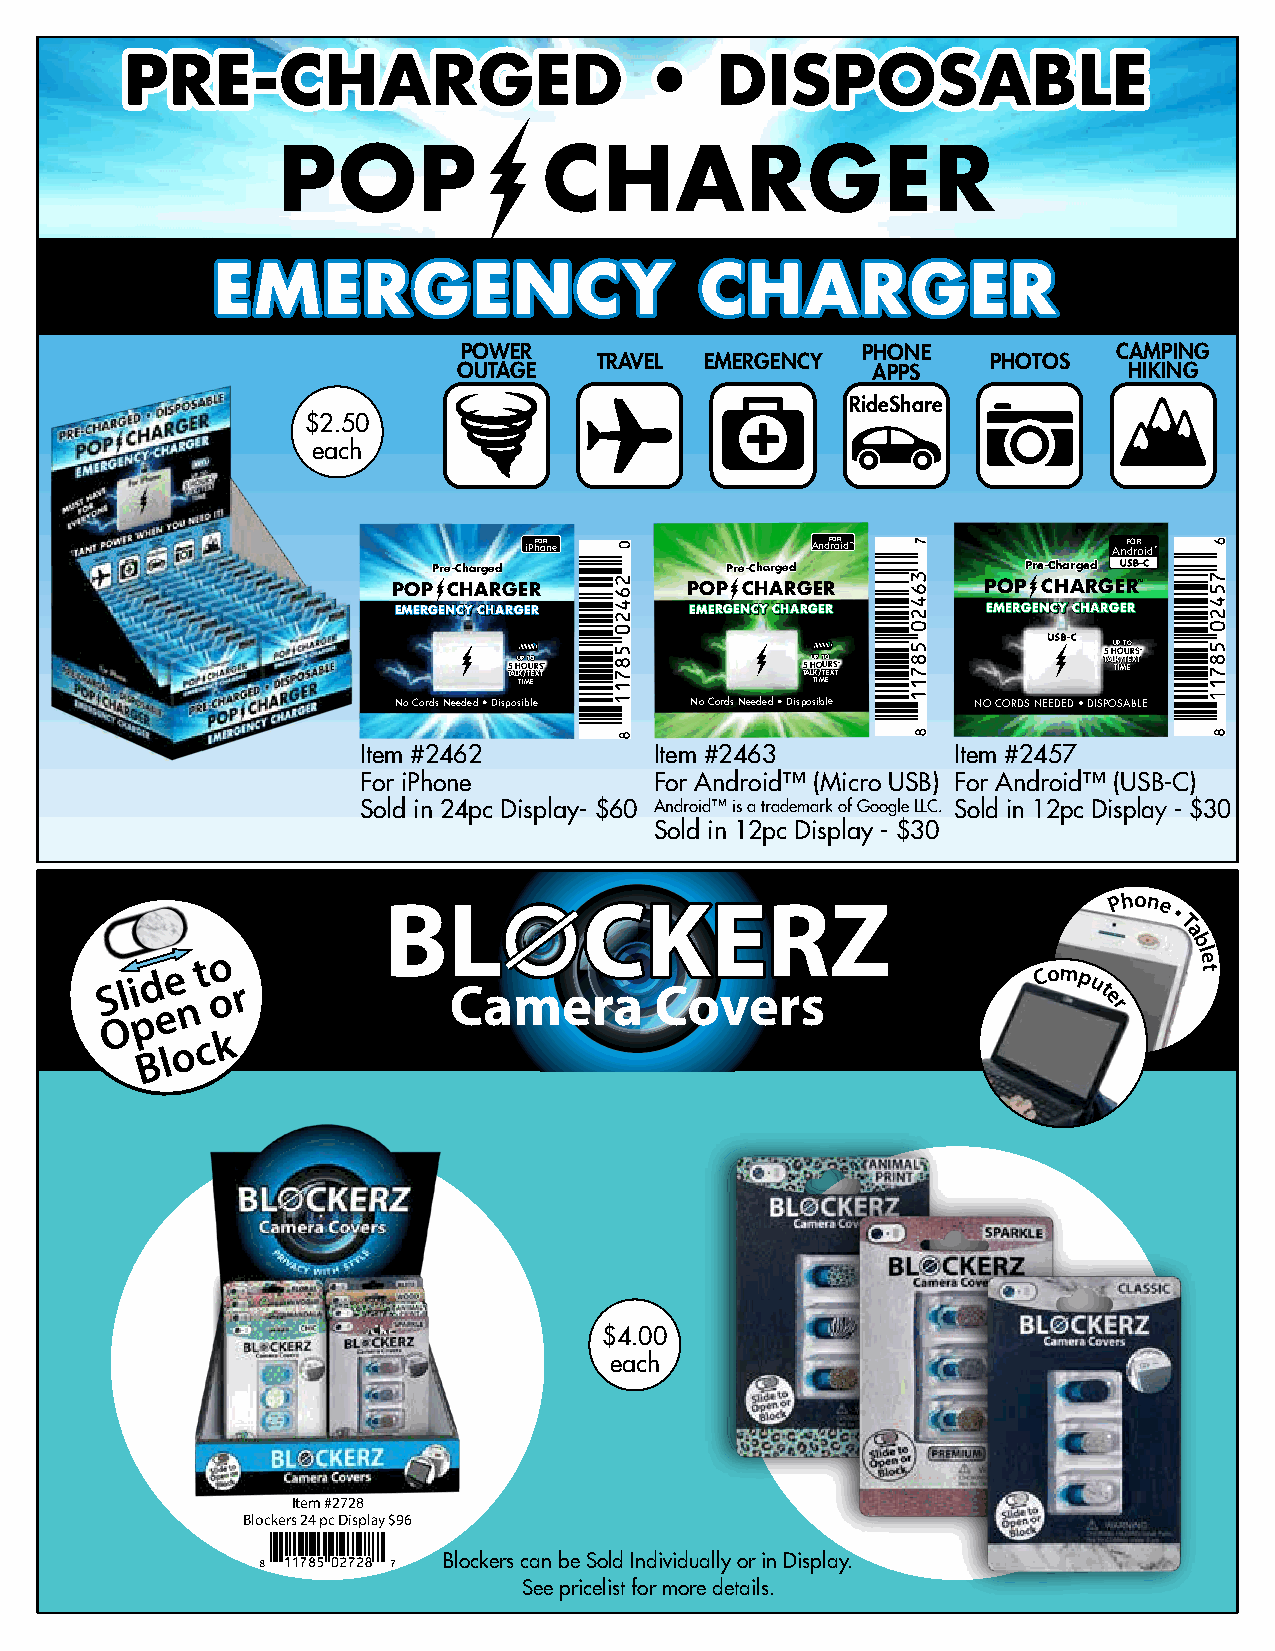
PPRREE--CCHHAARRGGEEDD             ••  DDIISSPPOOSSAABBLLEE
 POP               CHARGER
 EEEMMMEEERRRGGGEEENNNCCCYYY     CCCHHHAAARRRGGGEEERRR
 POWER                     PHONE            CAMPING
 TRAVEL EMERGENCY          PHOTOS
 OUTAGE                      APPS             HIKING
 RideShare
 $2.50
 each
 iPhFOoRne          AndFrOoRid™         AnF dO rR oidTM
 PPrree--CChhaarrggeedd PPrree--CChhaarrggeedd PPrree--CChhaarrggeedd USB-C
 POP CHARGER        POP CHARGER         POP CHARGERTM
 EEEMMMEEERRRGGGEEENNNCCCYYY CCCHHHAAARRRGGGEEERRR EEEMMMEEERRRGGGEEENNNCCCYYY CCCHHHAAARRRGGGEEERRR EEEMMMEEERRRGGGEEENNNCCCYYY CCCHHHAAARRRGGGEEERRR
 USB-C
 UUPP TTOO
 55
 TTAA
 HH LLUU TTKKOOPP
 IIMM//
 TT UU
 TT
 EEOO EERR XXSS TT** 55
 TTAA
 HH LLUU TTKKOOPP
 IIMM//
 TT UU
 TT
 EEOO EERR XXSS TT** 55 TTAA HH LL TTKKOO IIMM//UU TT EEEERR XXSS TT**
 NNoo CCoorrddss NNeeeeddeedd •• DDiissppoossiibbllee NNoo CCoorrddss NNeeeeddeedd •• DDiissppoossiibbllee NNOO CCOORRDDSS NNEEEEDDEEDD •• DDIISSPPOOSSAABBLLEE
 Item #2462         Item #2463          Item #2457
 For iPhone         For Android™ (Micro USB) For Android™ (USB-C)
 Sold in 24pc Display- $60 Android™ is a trademark of Google LLC. Sold in 12pc Display - $30
 Sold in 12pc Display - $30
 BBLL          CCKKEERRZZ
 Phone
 •
 T
 a
 b
 S l i
 pd ee
 n
 t o
 o r             Camera       Covers
 Comp
 ut
 e
 r
 le
 t
 O
 o c k
 B l
 $4.00
 each
 Item #2728
 Blockers 24 pc Display $96
 Blockers can be Sold Individually or in Display.
 See pricelist for more details.